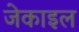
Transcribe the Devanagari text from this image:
जेकाइल